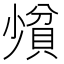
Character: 𪨄